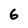
Character: 6